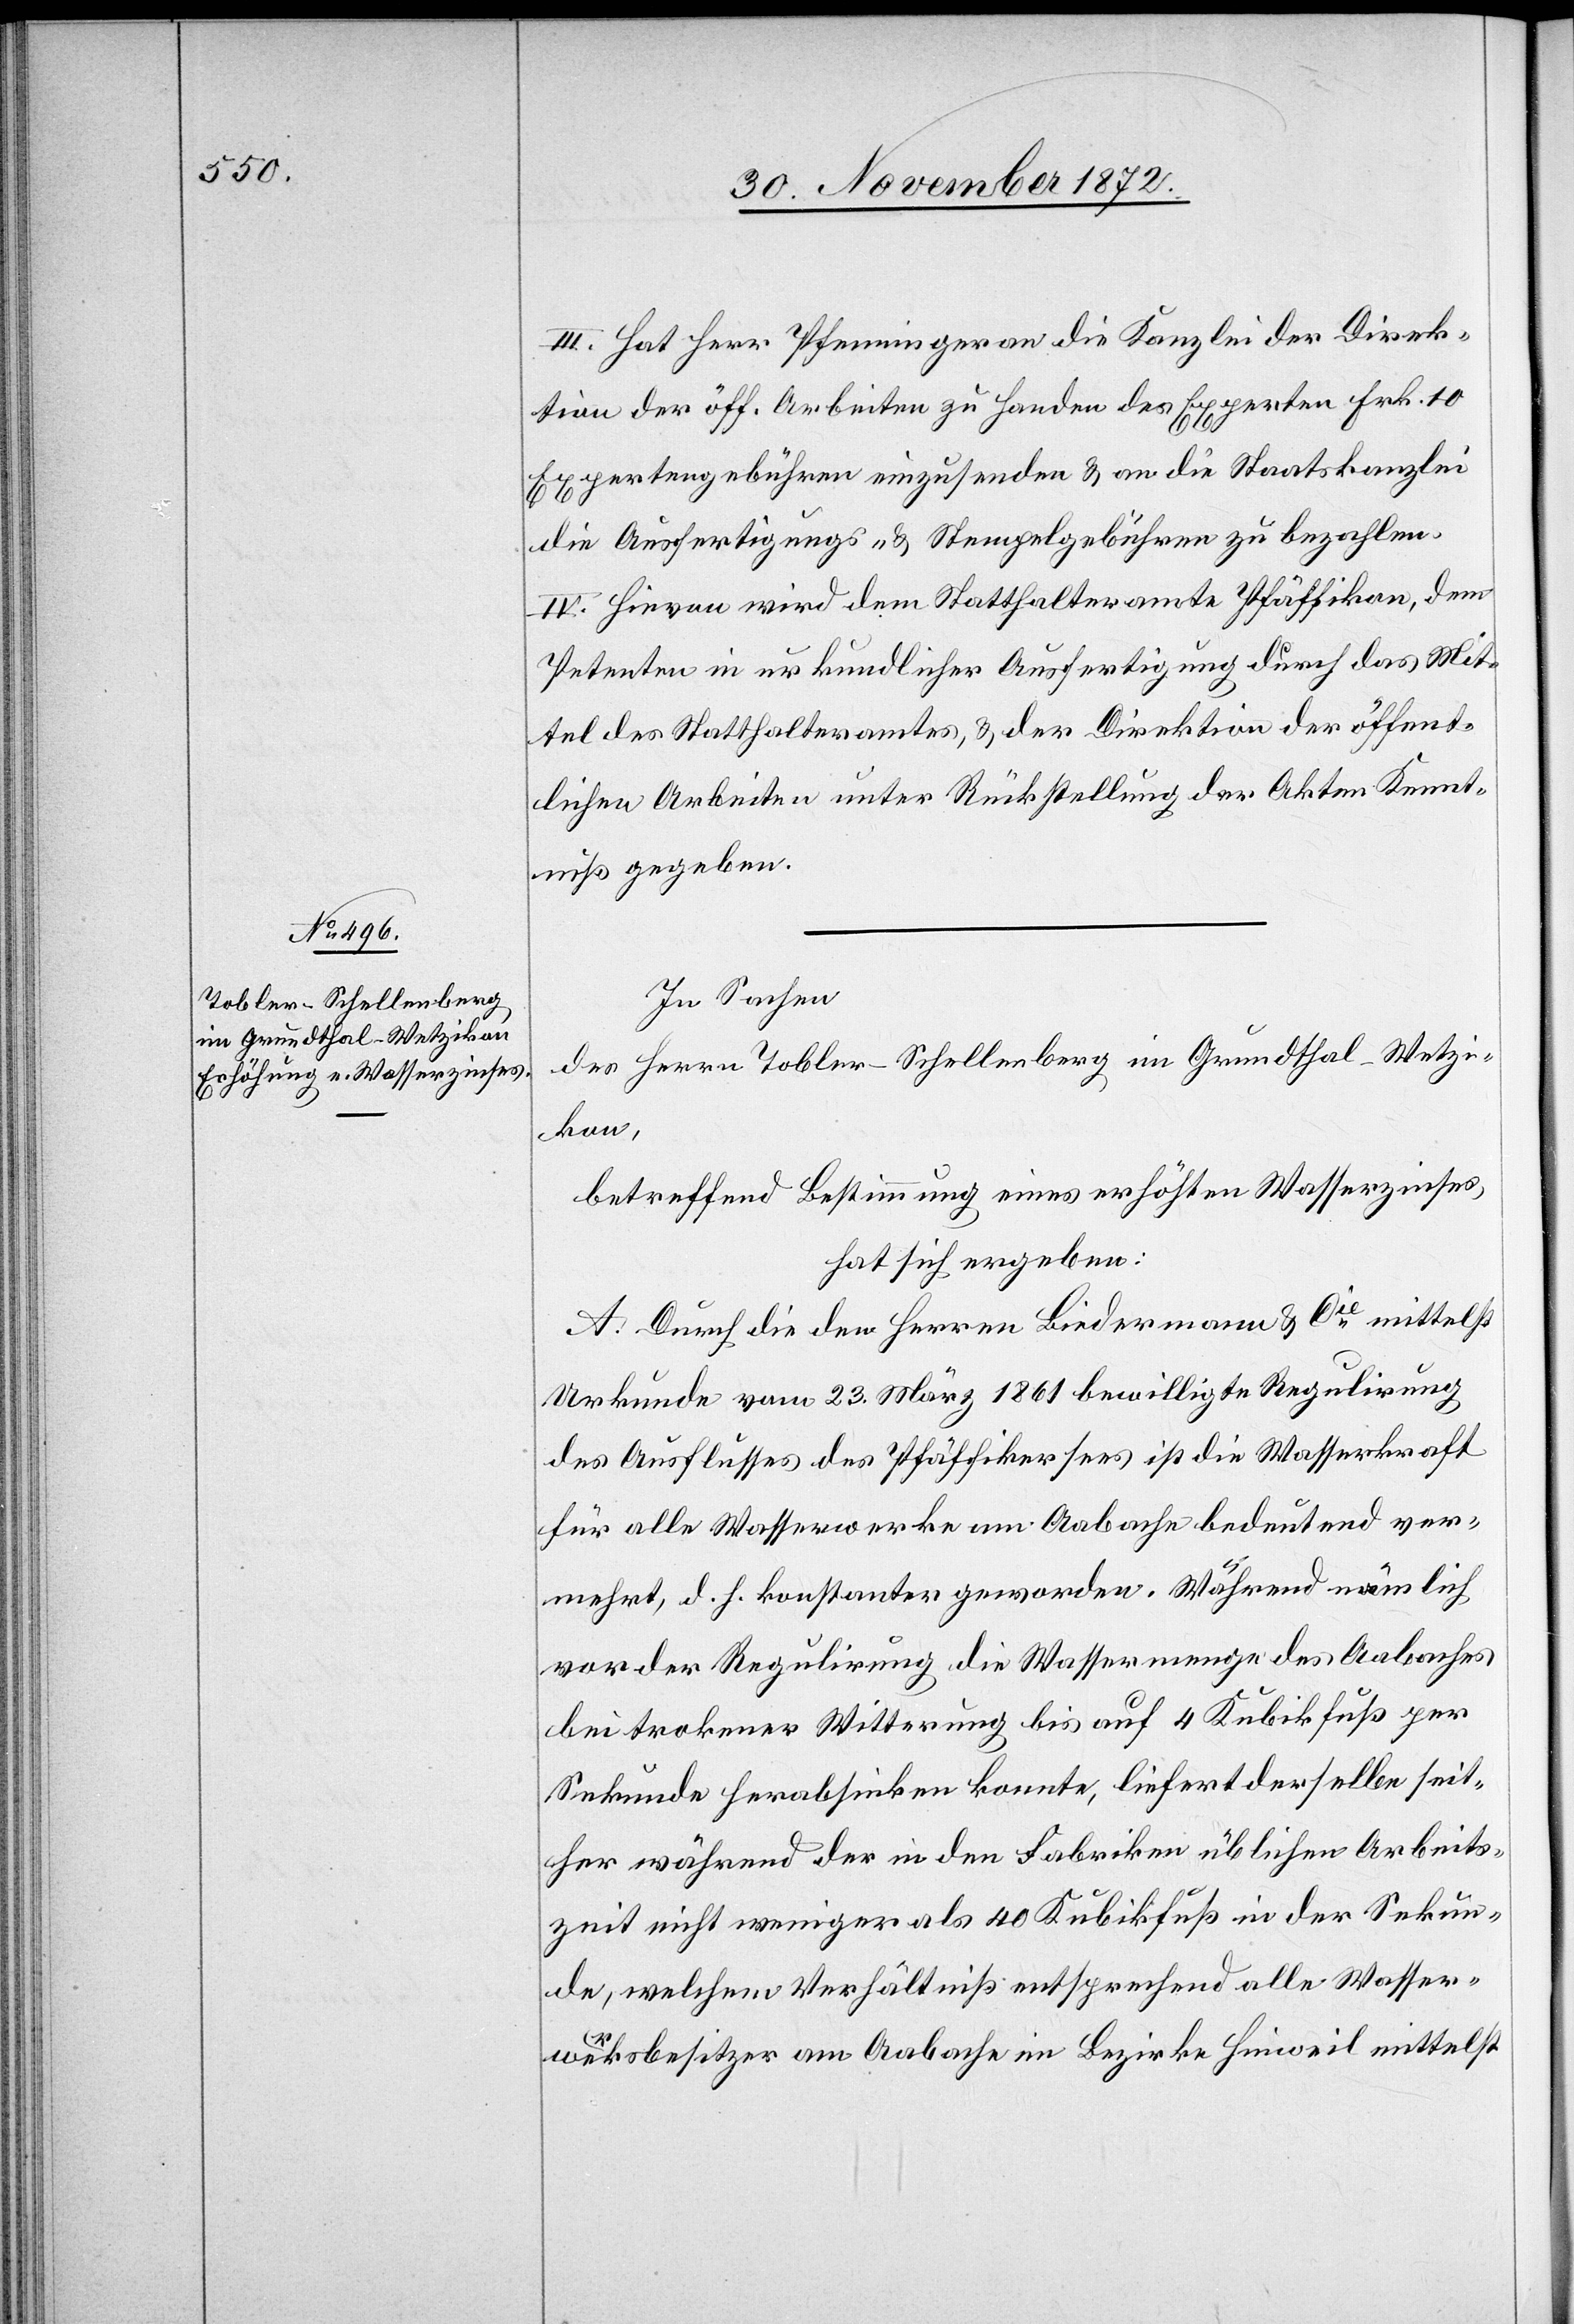
III. Hat Herr Pfenninger an die Kanzlei der Direk¬
tion der öff. Arbeiten zu Handen des Experten Frk. 10
Expertengebühren einzusenden u. an die Staatskanzlei
die Ausfertigungs- u. Stempelgebühren zu bezahlen.
IV. Hievon wird dem Statthalteramte Pfäffikon, dem
Petenten in urkundlicher Ausfertigung durch das Mit¬
tel des Statthalteramtes, u. der Direktion der öffent¬
lichen Arbeiten unter Rückstellung der Akten Kennt¬
niß gegeben.
In Sachen
des Herrn Tobler-Schellenberg im Grundthal-Wetzi¬
kon,
betreffend Bestimmung eines erhöhten Wasserzinses,
hat sich ergeben:
A. Durch die den Herren Biedermann u. Cie mittelst
Urkunde vom 23. März 1861 bewilligte Regulirung
des Ausflusses des Pfäffikersees ist die Wasserkraft
für alle Wasserwerke am Aabache bedeutend ver¬
mehrt, d. h. konstanter geworden. Während nämlich
vor der Regulirung die Wassermenge des Aabaches
bei trokener Witterung bis auf 4 Kubikfuß per
Sekunde herabsinken konnte, liefert derselbe seit¬
her während der in den Fabriken üblichen Arbeits¬
zeit nicht weniger als 40 Kubikfuß in der Sekun¬
de, welchem Verhältniß entsprechend alle Wasser¬
werksbesitzer am Aabache im Bezirke Hinweil mittelst